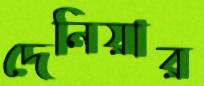
দেনিয়ার